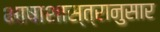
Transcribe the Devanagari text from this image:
भाषाशास्त्रानुसार